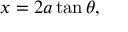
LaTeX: x = 2 a \tan \theta ,